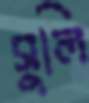
সুলি